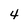
Character: 4